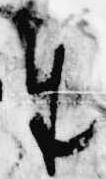
奉